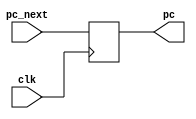


// 
module pc(input clk,
    
    input [31:0] pc_next, output reg [31:0] pc);
	 
	 initial
	 
		begin		
			pc <= 0;		
		end

	 always @(posedge clk)
	     pc <= pc_next;

endmodule 



// 
module regfile(input clk, 
    
    input [4:0] ra1, input [4:0] ra2,
	 output [31:0] rd1, output [31:0] rd2,
	 
	 
	 input we, input [4:0] wa, input [31:0] wd
	 );
	 
	 reg [31:0] rf [31:0];
	 
	 always @(posedge clk)
	     if(we) rf[wa] <= wd;
		  
	 assign rd1 = ra1 ? rf[ra1] : 0; // reg[0] is zero
	 assign rd2 = ra2 ? rf[ra2] : 0; // reg[0] is zero	 
endmodule 
			

// (Controller and Datapath)

module datapath_controller(input clk,
    output [31:0] pc, 
	 input [31:0] instr, // 
	 input [2:0] IRQ,
	
	 output reg dmem_we, 
	 output reg [31:0] dmem_addr, 
	 output reg [31:0] dmem_wd, 
	 input [31:0] dmem_rd);
	 
	 reg [31:0] pc_next;
	
	 
	 //  
	 pc pcount(clk, pc_next, pc);
	 
	 	 
	 //  
	 reg [4:0] rf_ra1, rf_ra2;
	 wire [31:0] rf_rd1, rf_rd2;
	 
	 reg rf_we;
	 reg [4:0] rf_wa;
	 reg [31:0] rf_wd;
	 
	 regfile rf(clk, rf_ra1, rf_ra2, rf_rd1, rf_rd2, rf_we, rf_wa, rf_wd);
	
	 wire [5:0] instr_op;
	 
	 assign instr_op=instr[31:26]; //  6   (opcode)      
	 wire [4:0] instr_rtype_rs; //  1
	 wire [4:0] instr_rtype_rt; //  2
	 wire [4:0] instr_rtype_rd; // 
	 wire [5:0] instr_rtype_funct; //   
	 wire [15:0] instr_rtype_imm;

	 //   
	
	 //       
	 assign instr_rtype_rs=instr[25:21]; // - 1
	 assign instr_rtype_rt=instr[20:16]; // - 2
	 assign instr_rtype_rd=instr[15:11]; // - 2
	 assign instr_rtype_funct=instr[5:0]; //    R 
	 assign instr_rtype_addr=instr[25:0]; //    J 
	 
	 //I-instruction ** [6 bits] [5 bits] [5 bits] [16 bits] **          
	 //				  ** opcode     rs       rt        imm    **
	 
	 //       
	 assign instr_rtype_op=instr[31:26];
	 assign instr_rtype_rs=instr[25:21];
	 assign instr_rtype_rt=instr[20:16];
	 assign instr_rtype_imm=instr[15:0];
	 
	 parameter INSTR_OP_LW=6'b100011; //    
	 parameter INSTR_OP_SW=6'b101011; //     
	 parameter INSTR_OP_LUI=6'b001111; // 
	 parameter INSTR_OP_ADDI=6'b001000; //    
	 parameter INSTR_OP_BEQ=6'b000100; //    
	 parameter INSTR_OP_BNE=6'b000101; //    
	 
	 //R-instruction ** [000000] [5 bits] [5 bits] [5bits] [00000] [6 bits] **          
	 //				  ** opcode     rs       rt      rd     shamt    funct    **
	 
	 parameter INSTR_OP_RTYPE=6'b000000;  
	 parameter INSTR_RTYPE_FUNCT_ADD=6'b100000; //
	 parameter INSTR_RTYPE_FUNCT_SUB=6'b100010; //
	 parameter INSTR_RTYPE_FUNCT_JR=6'b001000;  //  
	 parameter INSTR_RTYPE_FUNCT_SRL=6'b000010; //   
	 parameter INSTR_RTYPE_FUNCT_SLL=6'b000000; //  	
	 parameter INSTR_RTYPE_FUNCT_MULT=6'b011000; // 
	 parameter INSTR_RTYPE_FUNCT_DIV=6'b011001; // 
	 
	 //J-instruction ** [6 bits] [26 bits] **          
	 //				  ** opcode     addr     **
	 parameter INSTR_OP_J=6'b000010; //
	 parameter INSTR_OP_JAL=6'b000011; //  
	 
	 always @(*) //
	 begin
	 
		  //
		  pc_next=pc+4;
		  rf_we = 0;
		  dmem_we = 0;
		  
		  //  
		  rf_ra1 = 0;
		  rf_ra2 = 0;
		  rf_wa = 0;
		  rf_wd = 0;
		  
		  dmem_addr = 0;
		  dmem_wd = 0;
		  	
		  //  
		  case (IRQ)
		  
				3'h0: pc_next = 32'h80;
				3'h1: pc_next = 32'h100;
				3'h2: pc_next = 32'h180;
				3'h3: pc_next = 32'h200;
				3'h4: pc_next = 32'h280;
				3'h5: pc_next = 32'h300;
				3'h6: pc_next = 32'h380;
				3'h7: pc_next = 32'h400;
				
		  endcase
		  
		  
		  case (instr_op)
		  
				INSTR_OP_RTYPE:
				
					case (instr_rtype_funct)
//////////////////////////////////////////////////////////////////////////////////////////////						
						INSTR_RTYPE_FUNCT_ADD: 
						
							begin
								 
							 //  add $s0, $s1, $s2
								//$s0=$s1+$s2  $s0=rd $s1=rs $s2=rt
							   //   -
								rf_ra1 = instr_rtype_rs;
								rf_ra2 = instr_rtype_rt;
								
								//   -     -
								rf_wa=instr_rtype_rd;
								rf_wd=rf_rd1+rf_rd2;
								rf_we=1;
								
							end
//////////////////////////////////////////////////////////////////////////////////////////////								
					   INSTR_RTYPE_FUNCT_SUB:	
						
							begin
							
							 //  sub $s0, $s1, $s2
								//$s0=$s1-$s2  $s0=rd $s1=rs $s2=rt
							   //   -
								rf_ra1 = instr_rtype_rs;
								rf_ra2 = instr_rtype_rt;
								
								//   -     -
								rf_wa=instr_rtype_rd;
								rf_wd=rf_rd1-rf_rd2;
								rf_we=1;
								
						   end
//////////////////////////////////////////////////////////////////////////////////////////////								
						INSTR_RTYPE_FUNCT_MULT: 
						
							begin
								 
							 //  MULT $s0, $s1, $s2
								//$s0=$s1+$s2  $s0=rd $s1=rs $s2=rt
							   //   -
								rf_ra1 = instr_rtype_rs;
								rf_ra2 = instr_rtype_rt;
								
								//   -     -
								rf_wa=instr_rtype_rd;
								rf_wd=rf_rd1*rf_rd2;
								rf_we=1;
								
							end
//////////////////////////////////////////////////////////////////////////////////////////////								
						INSTR_RTYPE_FUNCT_DIV: 
						
							begin
								 
							 //  DIV $s0, $s1, $s2
								//$s0=$s1+$s2  $s0=rd $s1=rs $s2=rt
							   //   -
								rf_ra1 = instr_rtype_rs;
								rf_ra2 = instr_rtype_rt;
								
								//   -     -
								rf_wa=instr_rtype_rd;
								rf_wd=rf_rd1/rf_rd2;
								rf_we=1;
								
							end
//////////////////////////////////////////////////////////////////////////////////////////////								
						INSTR_RTYPE_FUNCT_JR: 
		
							begin
								
								//  JR (  )
								
								rf_ra1 = instr_rtype_rs;
								
								pc_next = rf_rd1;
								
							end
//////////////////////////////////////////////////////////////////////////////////////////////								
						INSTR_RTYPE_FUNCT_SLL: 
		
							begin
								
								//  SLL (  )
								
								rf_ra1 = instr_rtype_rt;
								
								rf_wa=instr_rtype_rd;
								rf_wd=rf_rd1 << 1 ;
								rf_we=1;
								
							end
//////////////////////////////////////////////////////////////////////////////////////////////								
						INSTR_RTYPE_FUNCT_SRL: 
		
							begin
								
								//  SLL (  )
								
								rf_ra1 = instr_rtype_rt;
								
								rf_wa=instr_rtype_rd;
								rf_wd=rf_rd1 >> 1 ;
								rf_we=1;
								
							end
								
					endcase
//////////////////////////////////////////////////////////////////////////////////////////////					
				INSTR_OP_LW:
				
					begin
					
					   //  LW (      ) $s0, $s1, $s2 
						
						rf_ra1=instr_rtype_rs;
						dmem_addr=rf_rd1+instr_rtype_imm;
						
						rf_wa=instr_rtype_rt;
						rf_we=1;
						rf_wd=dmem_rd;
						
					end
//////////////////////////////////////////////////////////////////////////////////////////////						
				INSTR_OP_SW:
				
					begin
					
					   //  SW (   ) $s0, $s1, $s2 
						
						rf_ra1=instr_rtype_rs;
						rf_ra2=instr_rtype_rt;
						
						dmem_addr=rf_rd1+instr_rtype_imm;
						dmem_we=1;
						dmem_wd=rf_rd2;											
						
					end					
//////////////////////////////////////////////////////////////////////////////////////////////								
				INSTR_OP_ADDI:
				
					begin
					
					   //  ADDI (      $s0      $s1 ) $rs, $rt, imm
						
						rf_ra1=instr_rtype_rs;
						
						rf_wa=instr_rtype_rt;
						rf_wd=rf_rd1+instr_rtype_imm;
						rf_we=1;											
						
					end	
//////////////////////////////////////////////////////////////////////////////////////////////						
				INSTR_OP_BEQ:
			
					begin
				
						//  BEQ (         ) $rs, $rt, imm
						
						rf_ra1=instr_rtype_rs;
						rf_ra2=instr_rtype_rt;
						
						if (rf_rd1 == rf_rd2);
						
							pc_next = instr_rtype_imm;
																							
					end	
//////////////////////////////////////////////////////////////////////////////////////////////						
				INSTR_OP_BNE:
			
					begin
				
						//  BNE (         ) $rs, $rt, imm
						
						rf_ra1=instr_rtype_rs;
						rf_ra2=instr_rtype_rt;
						
						if (rf_rd1 != rf_rd2);
						
							pc_next = instr_rtype_imm;
																			
					end	
//////////////////////////////////////////////////////////////////////////////////////////////						
				INSTR_OP_LUI: 
				
					begin
						
						//      16  ,  16   
						
						rf_wa=instr_rtype_rt+instr_rtype_rs;
						rf_wd={instr_rtype_imm, 16'b0};
						rf_we=1;
						
					end
//////////////////////////////////////////////////////////////////////////////////////////////						
				INSTR_OP_J: 
			
					begin
						
						//  
						
						pc_next = instr_rtype_addr;
						
					end				
//////////////////////////////////////////////////////////////////////////////////////////////							
				INSTR_OP_JAL: 
			
					begin
						
						//    
						
						rf_wa=5'h1F;
						rf_wd=pc_next+4;
						rf_we=1;
						
						pc_next = instr_rtype_addr;
															
					end
//////////////////////////////////////////////////////////////////////////////////////////////																
		endcase
		
	end
	

		
		
endmodule